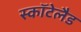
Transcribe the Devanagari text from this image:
स्कॉटेलैड